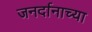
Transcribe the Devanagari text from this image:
जनर्दानाच्या